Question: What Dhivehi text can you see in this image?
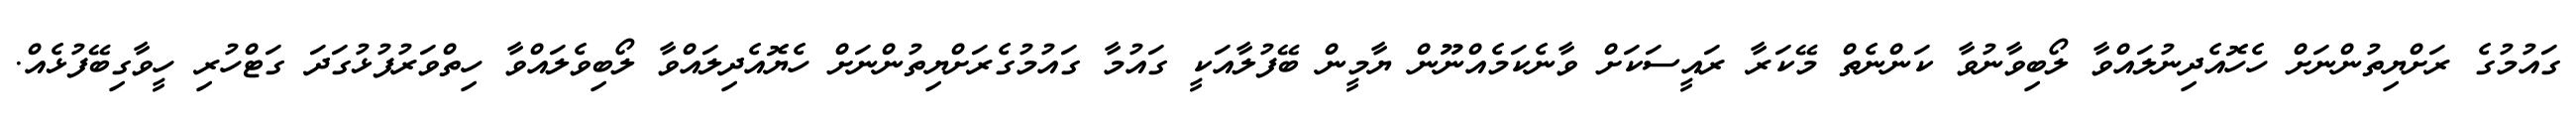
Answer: ގައުމުގެ ރަށްޔިތުންނަށް ހެހޮއެދިނުލައްވާ ލޯބިވާނުވާ ކަންނެތް މޭކަރާ ރައީސަކަށް ވާނެކަމެއްނޫން ޔާމީން ބޭފުލާއަކީ ގައުމާ ގައުމުގެރަށްޔިތުންނަށް ހެޔޮއެދިލައްވާ ލޯބިވެލައްވާ ހިތްވަރުފުޅުގަދަ ގަޓްހުރި ހީވާގިބޭފުޅެއް.